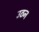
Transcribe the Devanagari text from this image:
उठन